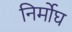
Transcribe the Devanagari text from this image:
निर्मोघ